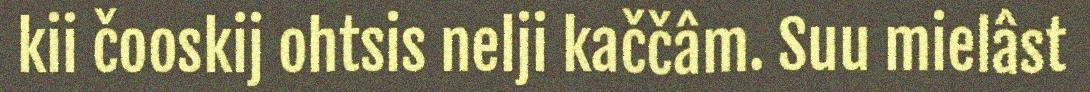
kii čooskij ohtsis nelji kaččâm. Suu mielâst